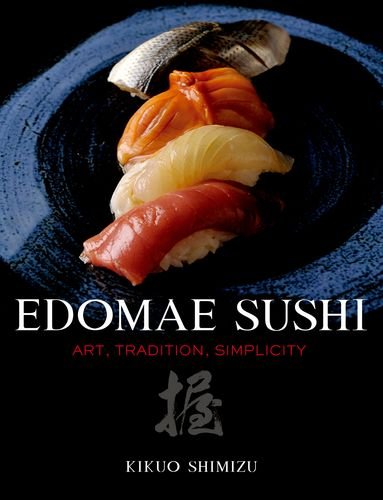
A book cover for Edomae Sushi: Art, Tradition, Simplicity; Kikuo Shimizu; Cookbooks, Food & Wine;